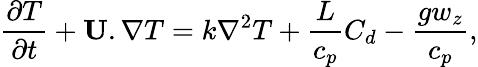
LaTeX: \frac{\partial{T}}{\partial t}+{\mathbf U}.\nabla{T}=k\nabla^{2}{T}+\frac{L}{c_{p}}C_{d}-\frac{gw_{z}}{c_{p}},